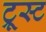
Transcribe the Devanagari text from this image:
ट्रूस्ट